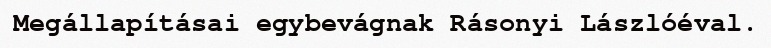
Megállapításai egybevágnak Rásonyi Lászlóéval.